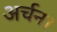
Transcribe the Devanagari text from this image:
अर्चन।